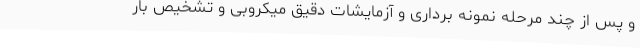
و پس از چند مرحله نمونه برداری و آزمایشات دقیق میکروبی و تشخیص بار